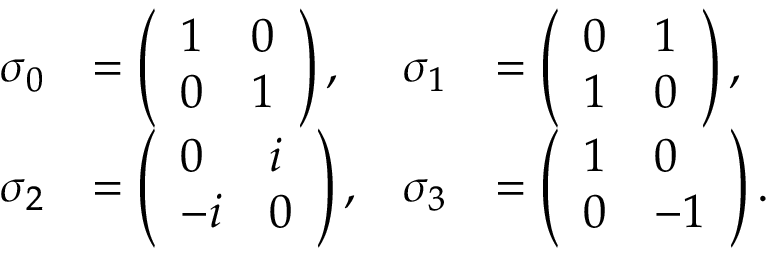
\begin{array} { r l r l } { \sigma _ { 0 } } & { = \left( \begin{array} { l l } { 1 } & { 0 } \\ { 0 } & { 1 } \end{array} \right) , } & { \sigma _ { 1 } } & { = \left( \begin{array} { l l } { 0 } & { 1 } \\ { 1 } & { 0 } \end{array} \right) , } \\ { \sigma _ { 2 } } & { = \left( \begin{array} { l l } { 0 } & { i } \\ { - i } & { 0 } \end{array} \right) , } & { \sigma _ { 3 } } & { = \left( \begin{array} { l l } { 1 } & { 0 } \\ { 0 } & { - 1 } \end{array} \right) . } \end{array}